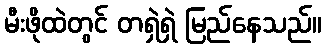
မီးဖိုထဲတွင် တရှဲရှဲ မြည်နေသည်။